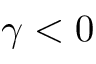
\gamma < 0